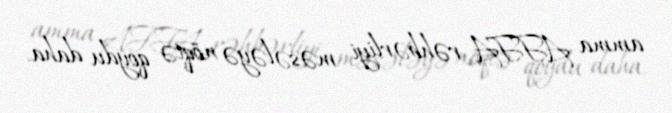
amma AFFA rəhbərliyi məsələyə nöqtə qoydu daha.